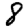
Digit: 8